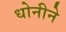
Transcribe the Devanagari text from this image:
धोनीने